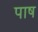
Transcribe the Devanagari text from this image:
पाष